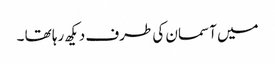
میں آسمان کی طرف دیکھ رہا تھا ۔